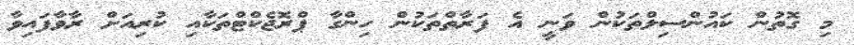
މި ގޮތުން ކައުންސިލްތަކުން ވަނީ އެ ފަރާތްތަކުން ހިންގާ ޕްރޮޖެކްޓްތަކާއި ކުރިއަށް ރާވާފައިވާ